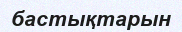
бастықтарын